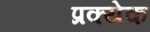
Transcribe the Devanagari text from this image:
प्रक्येक